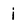
Character: i